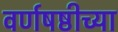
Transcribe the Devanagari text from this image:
वर्णषष्ठीच्या